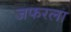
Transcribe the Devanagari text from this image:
जफरला